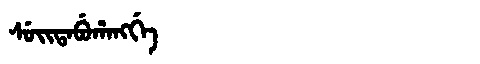
Manchu: ᠰᡠᡳᡨᠠᠪᡠᡥᠠᠩᡤᡝ
Romanization: SUITABUHANGGE